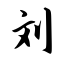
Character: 刘